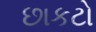
છાકટો